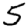
Digit: 5